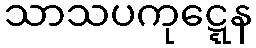
သာသပကုဋ္ဋေန